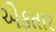
એકતાર